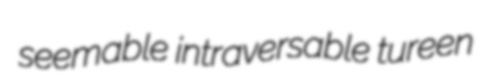
seemable intraversable tureen